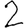
Digit: 2